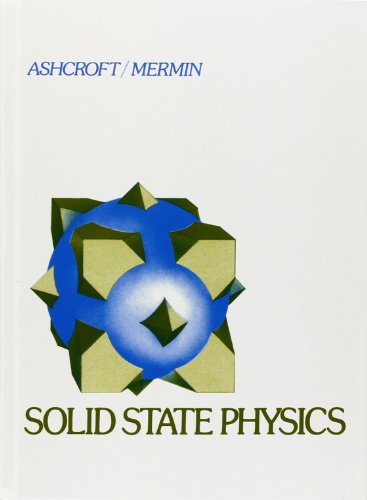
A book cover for Solid State Physics; Neil W. Ashcroft; Science & Math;